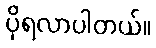
ပိုရလာပါတယ်။